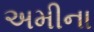
અમીના